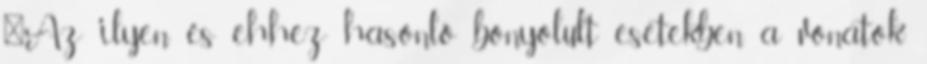
"Az ilyen és ehhez hasonló bonyolult esetekben a vonatok